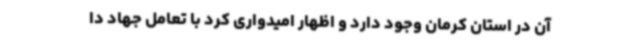
آن در استان کرمان وجود دارد و اظهار امیدواری کرد با تعامل جهاد دا